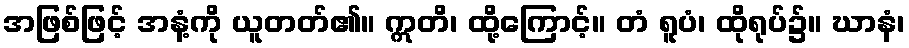
အဖြစ်ဖြင့် အနံ့ကို ယူတတ်၏။ ဣတိ၊ ထို့ကြောင့်။ တံ ရူပံ၊ ထိုရုပ်၌။ ဃာနံ၊